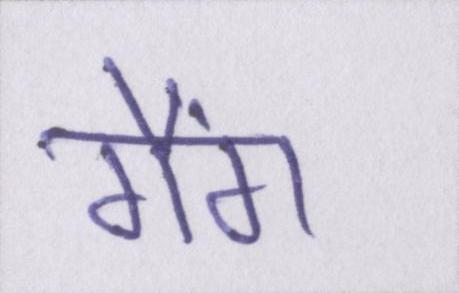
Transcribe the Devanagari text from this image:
गैंग